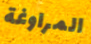
المراوغة